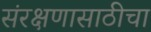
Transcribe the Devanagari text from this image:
संरक्षणासाठीचा